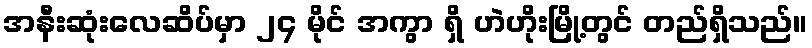
အနီးဆုံးလေဆိပ်မှာ ၂၄ မိုင် အကွာ ရှိ ဟဲဟိုးမြို့တွင် တည်ရှိသည်။